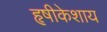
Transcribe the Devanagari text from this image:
हृषीकेशाय